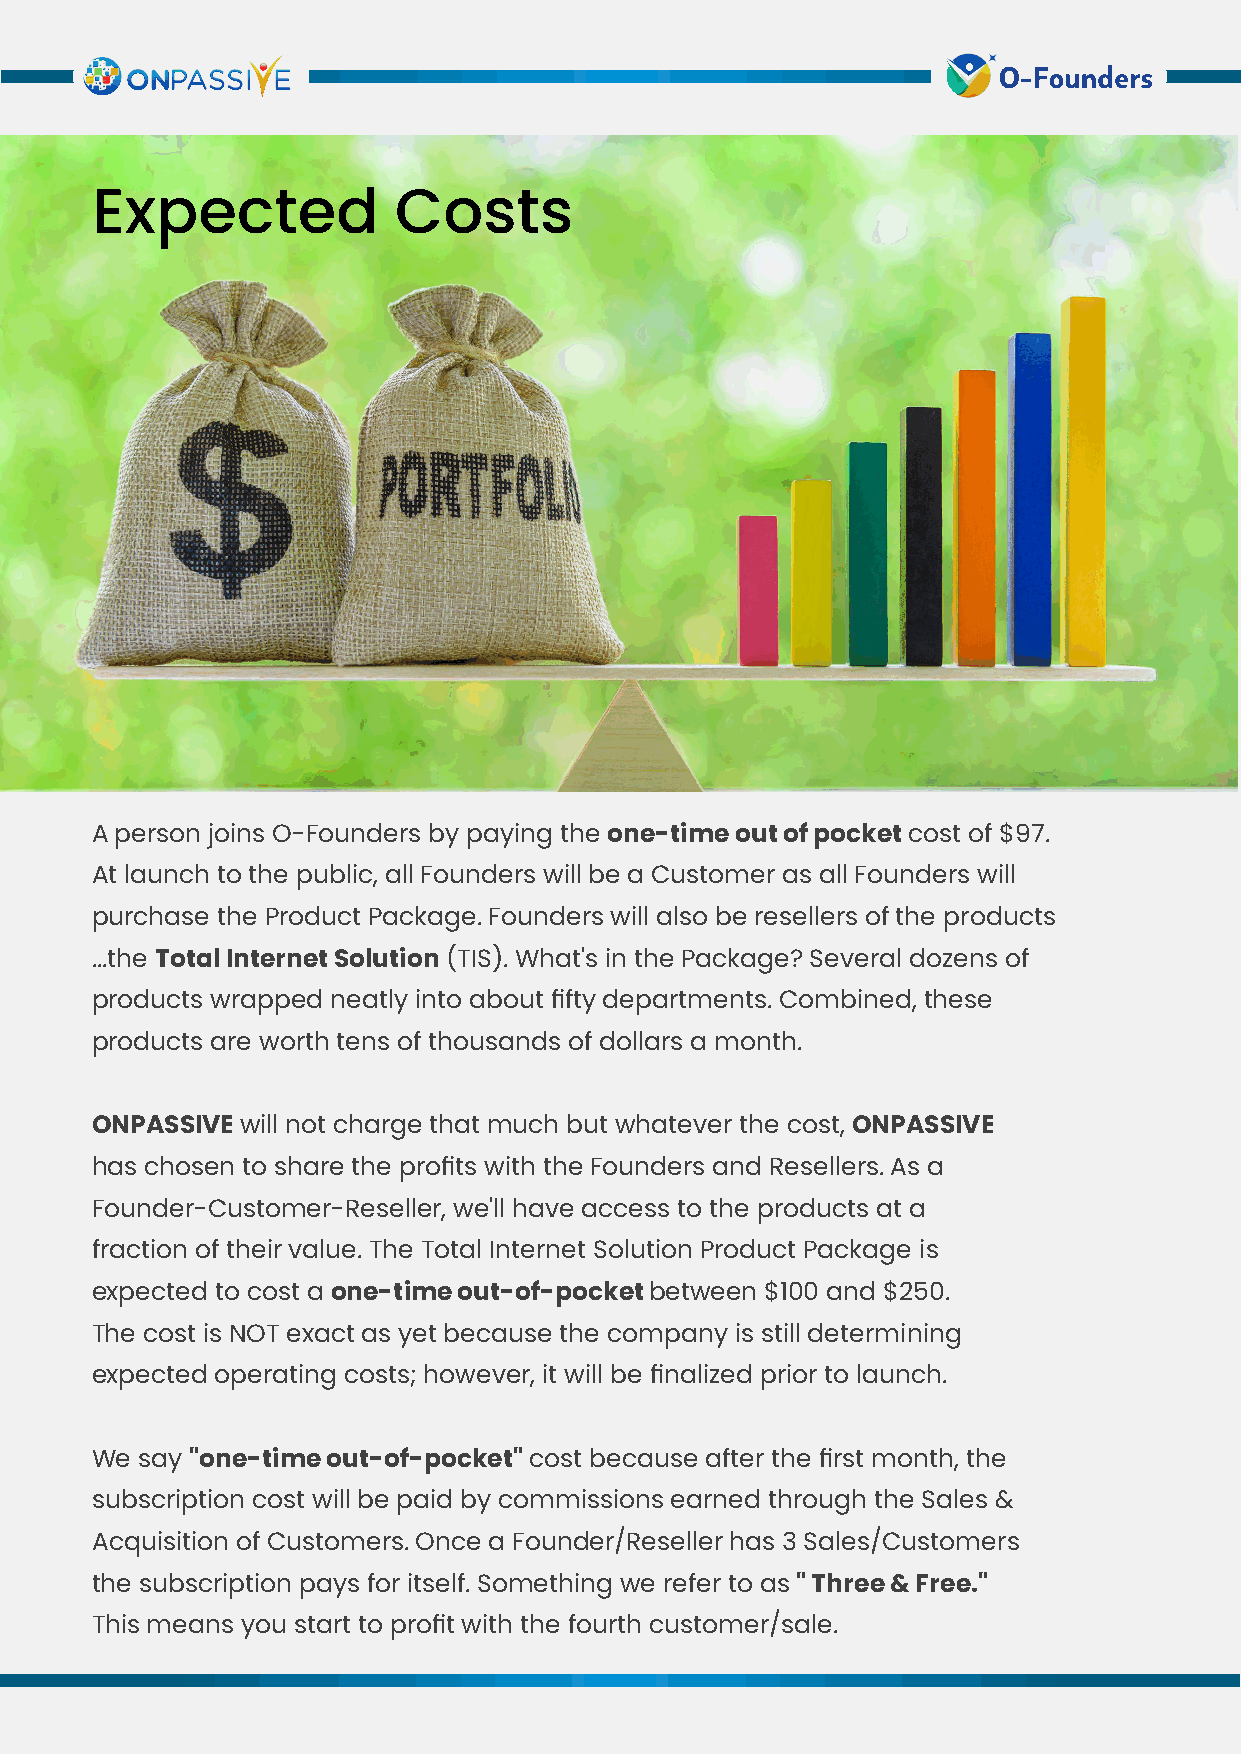
Expected            Costs
 8                                                            9
 A person joins O-Founders by paying the one-time out of pocket cost of $97.
 At launch to the public, all Founders will be a Customer as all Founders will
 purchase the Product Package. Founders will also be resellers of the products
 ...the Total Internet Solution (TIS). What's in the Package? Several dozens of
 products wrapped neatly into about fifty departments. Combined, these
 products are worth tens of thousands of dollars a month.
 ONPASSIVE will not charge that much but whatever the cost, ONPASSIVE
 has chosen to share the profits with the Founders and Resellers. As a
 Founder-Customer-Reseller, we'll have access to the products at a
 fraction of their value. The Total Internet Solution Product Package is
 expected to cost a one-time out-of-pocket between $100 and $250.
 The cost is NOT exact as yet because the company is still determining
 expected operating costs; however, it will be finalized prior to launch.
 We say "one-time out-of-pocket" cost because after the first month, the
 subscription cost will be paid by commissions earned through the Sales &
 Acquisition of Customers. Once a Founder/Reseller has 3 Sales/Customers
 the subscription pays for itself. Something we refer to as " Three & Free."
 This means you start to profit with the fourth customer/sale.
 D